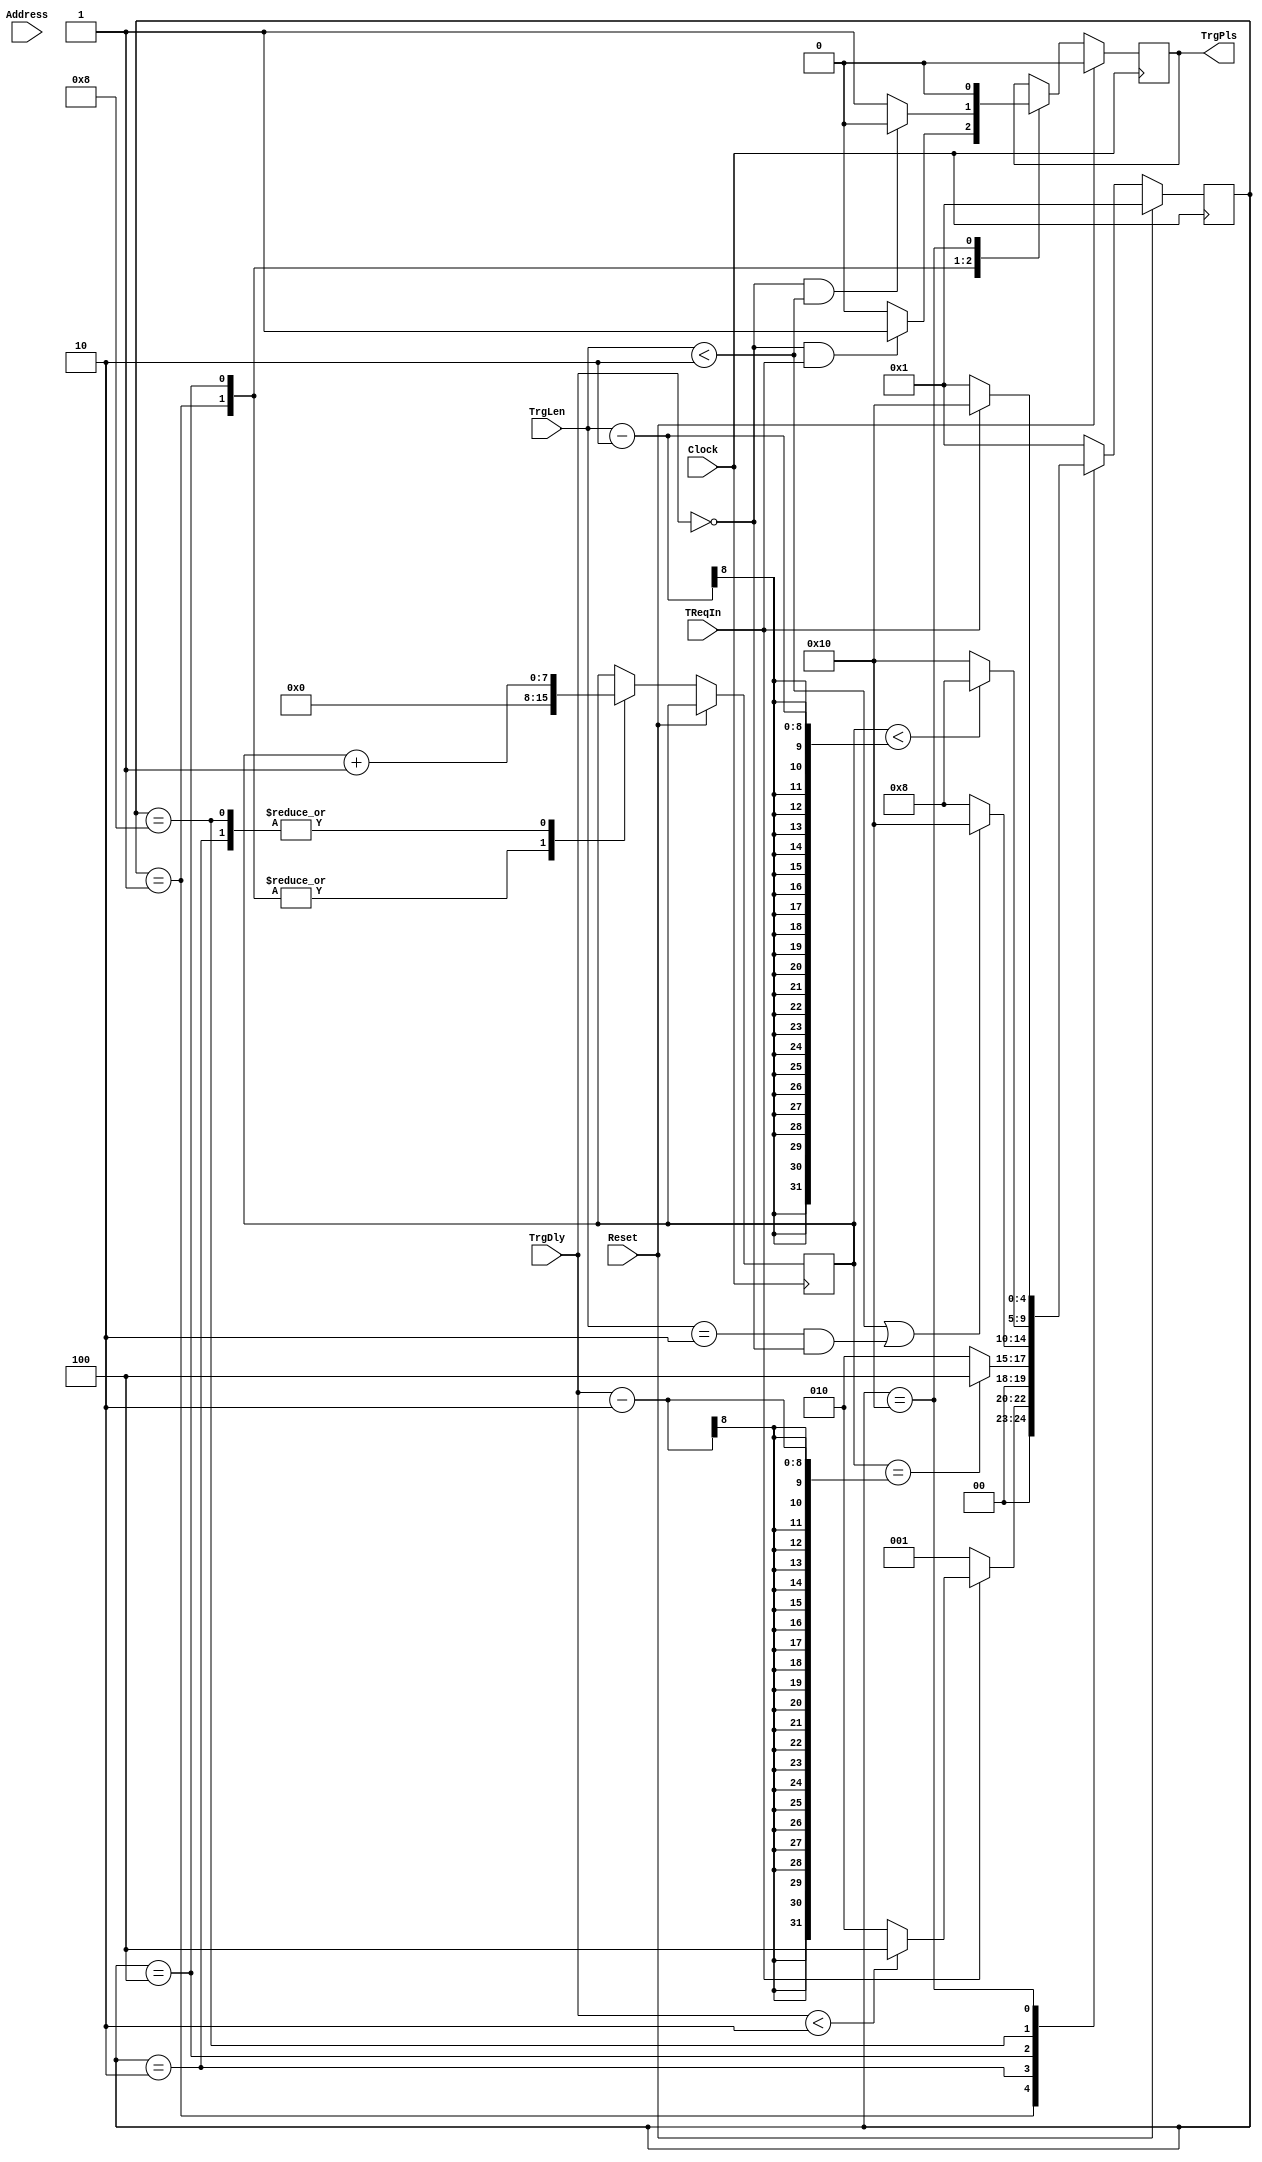
//Stretch and/or delay the fast-OR trigger pulses receive from the front-end boards before making a coincidence
//R. Johnson, May 2013
//August 2, 2013, added trigger delay
//March 30, 2014, removed unintended delays
//October 9, 2014, avoid excess pulse length when the delay is set to zero
//December 20, 2015, borrowed for use in AESOP-lite
module TrgStretch(Clock,Reset,TReqIn,TrgPls,TrgLen,TrgDly,Address);
input [3:0] Address;
input Clock;
input Reset;
input TReqIn;
input [7:0] TrgLen;   //Additional pulse length after aligning with clock.  Should be 2 or greater.
input [7:0] TrgDly;   //Additional delay of rising edge after aligning with clock.
output TrgPls;

reg TrgPls;

parameter [4:0] TR01=5'b00001;  //Look for the start of the trigger signal
parameter [4:0] TR05=5'b00010;  //Delay the trigger
parameter [4:0] TR02=5'b00100;  //Output a 1-clock long trigger
parameter [4:0] TR03=5'b01000;  //Wait before looking for another trigger
parameter [4:0] TR04=5'b10000;  //Wait for TReqIn to go down
reg [4:0] StateTR, NextStateTR;
reg [7:0] CtrTR;

always @ (StateTR or TReqIn or CtrTR or TrgDly or TrgLen) begin
	case (StateTR)
		TR01: begin
					if (TReqIn) begin
						if (TrgDly<2) NextStateTR = TR02;
						else NextStateTR = TR05;
					end else NextStateTR = TR01;
				end
		TR05:	begin
					if (CtrTR==TrgDly-2) NextStateTR = TR02;
					else NextStateTR = TR05;
				end
		TR02:	begin
					if (TrgLen<2 || (TrgLen==2 && TrgDly==0)) NextStateTR = TR04;
					else NextStateTR = TR03;
				end
		TR03:	begin
					if (CtrTR < TrgLen-2) NextStateTR = TR03;
					else NextStateTR = TR04;
				end
		TR04:	begin
					if (!TReqIn) NextStateTR = TR01;
					else NextStateTR = TR04;
				end
		default: NextStateTR = TR01;
	endcase
end

always @ (posedge Clock) begin
	if (Reset) begin
		StateTR <= TR01;
		TrgPls <= 1'b0;
		//$display("%g\t TrgStretch %h: resetting.",$time,Address);
	end else begin
		StateTR <= NextStateTR;
		//if (StateTR != TR01) $display("%g\t TrgStretch %h: StateTr=%b TrgPls=%b CtrTR=%d TrgDly=%d TrgLen=%d",$time,Address,StateTR,TrgPls,CtrTR,TrgDly,TrgLen);
		case (StateTR)
			TR01:   begin
						if (TrgDly==0 && TReqIn) begin
							TrgPls <= 1'b1;
						end else begin
							TrgPls <= 1'b0;
						end
						CtrTR <= 0;
					end
			TR05:	begin
						CtrTR <= CtrTR + 1;
					end
			TR02:	begin
                  if (TrgDly==0 && TrgLen<2) TrgPls <= 1'b0;
						else TrgPls <= 1'b1;
						CtrTR <= 0;
					end
			TR03:	begin
						CtrTR <= CtrTR + 1;
					end
			TR04:   begin
						TrgPls <= 1'b0;
					end
		endcase
	end
end

endmodule